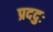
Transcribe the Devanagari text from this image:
प्रददुः